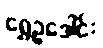
ရွှေဥဒေါင်း